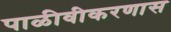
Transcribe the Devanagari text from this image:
पाळीवीकरणास